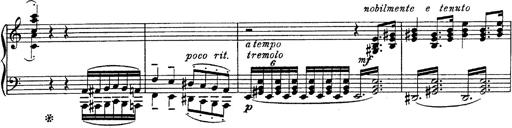
Title: Fantasie Ã¼ber Themen aus Mozarts Figaro und Don Giovanni
Composer: Franz Liszt